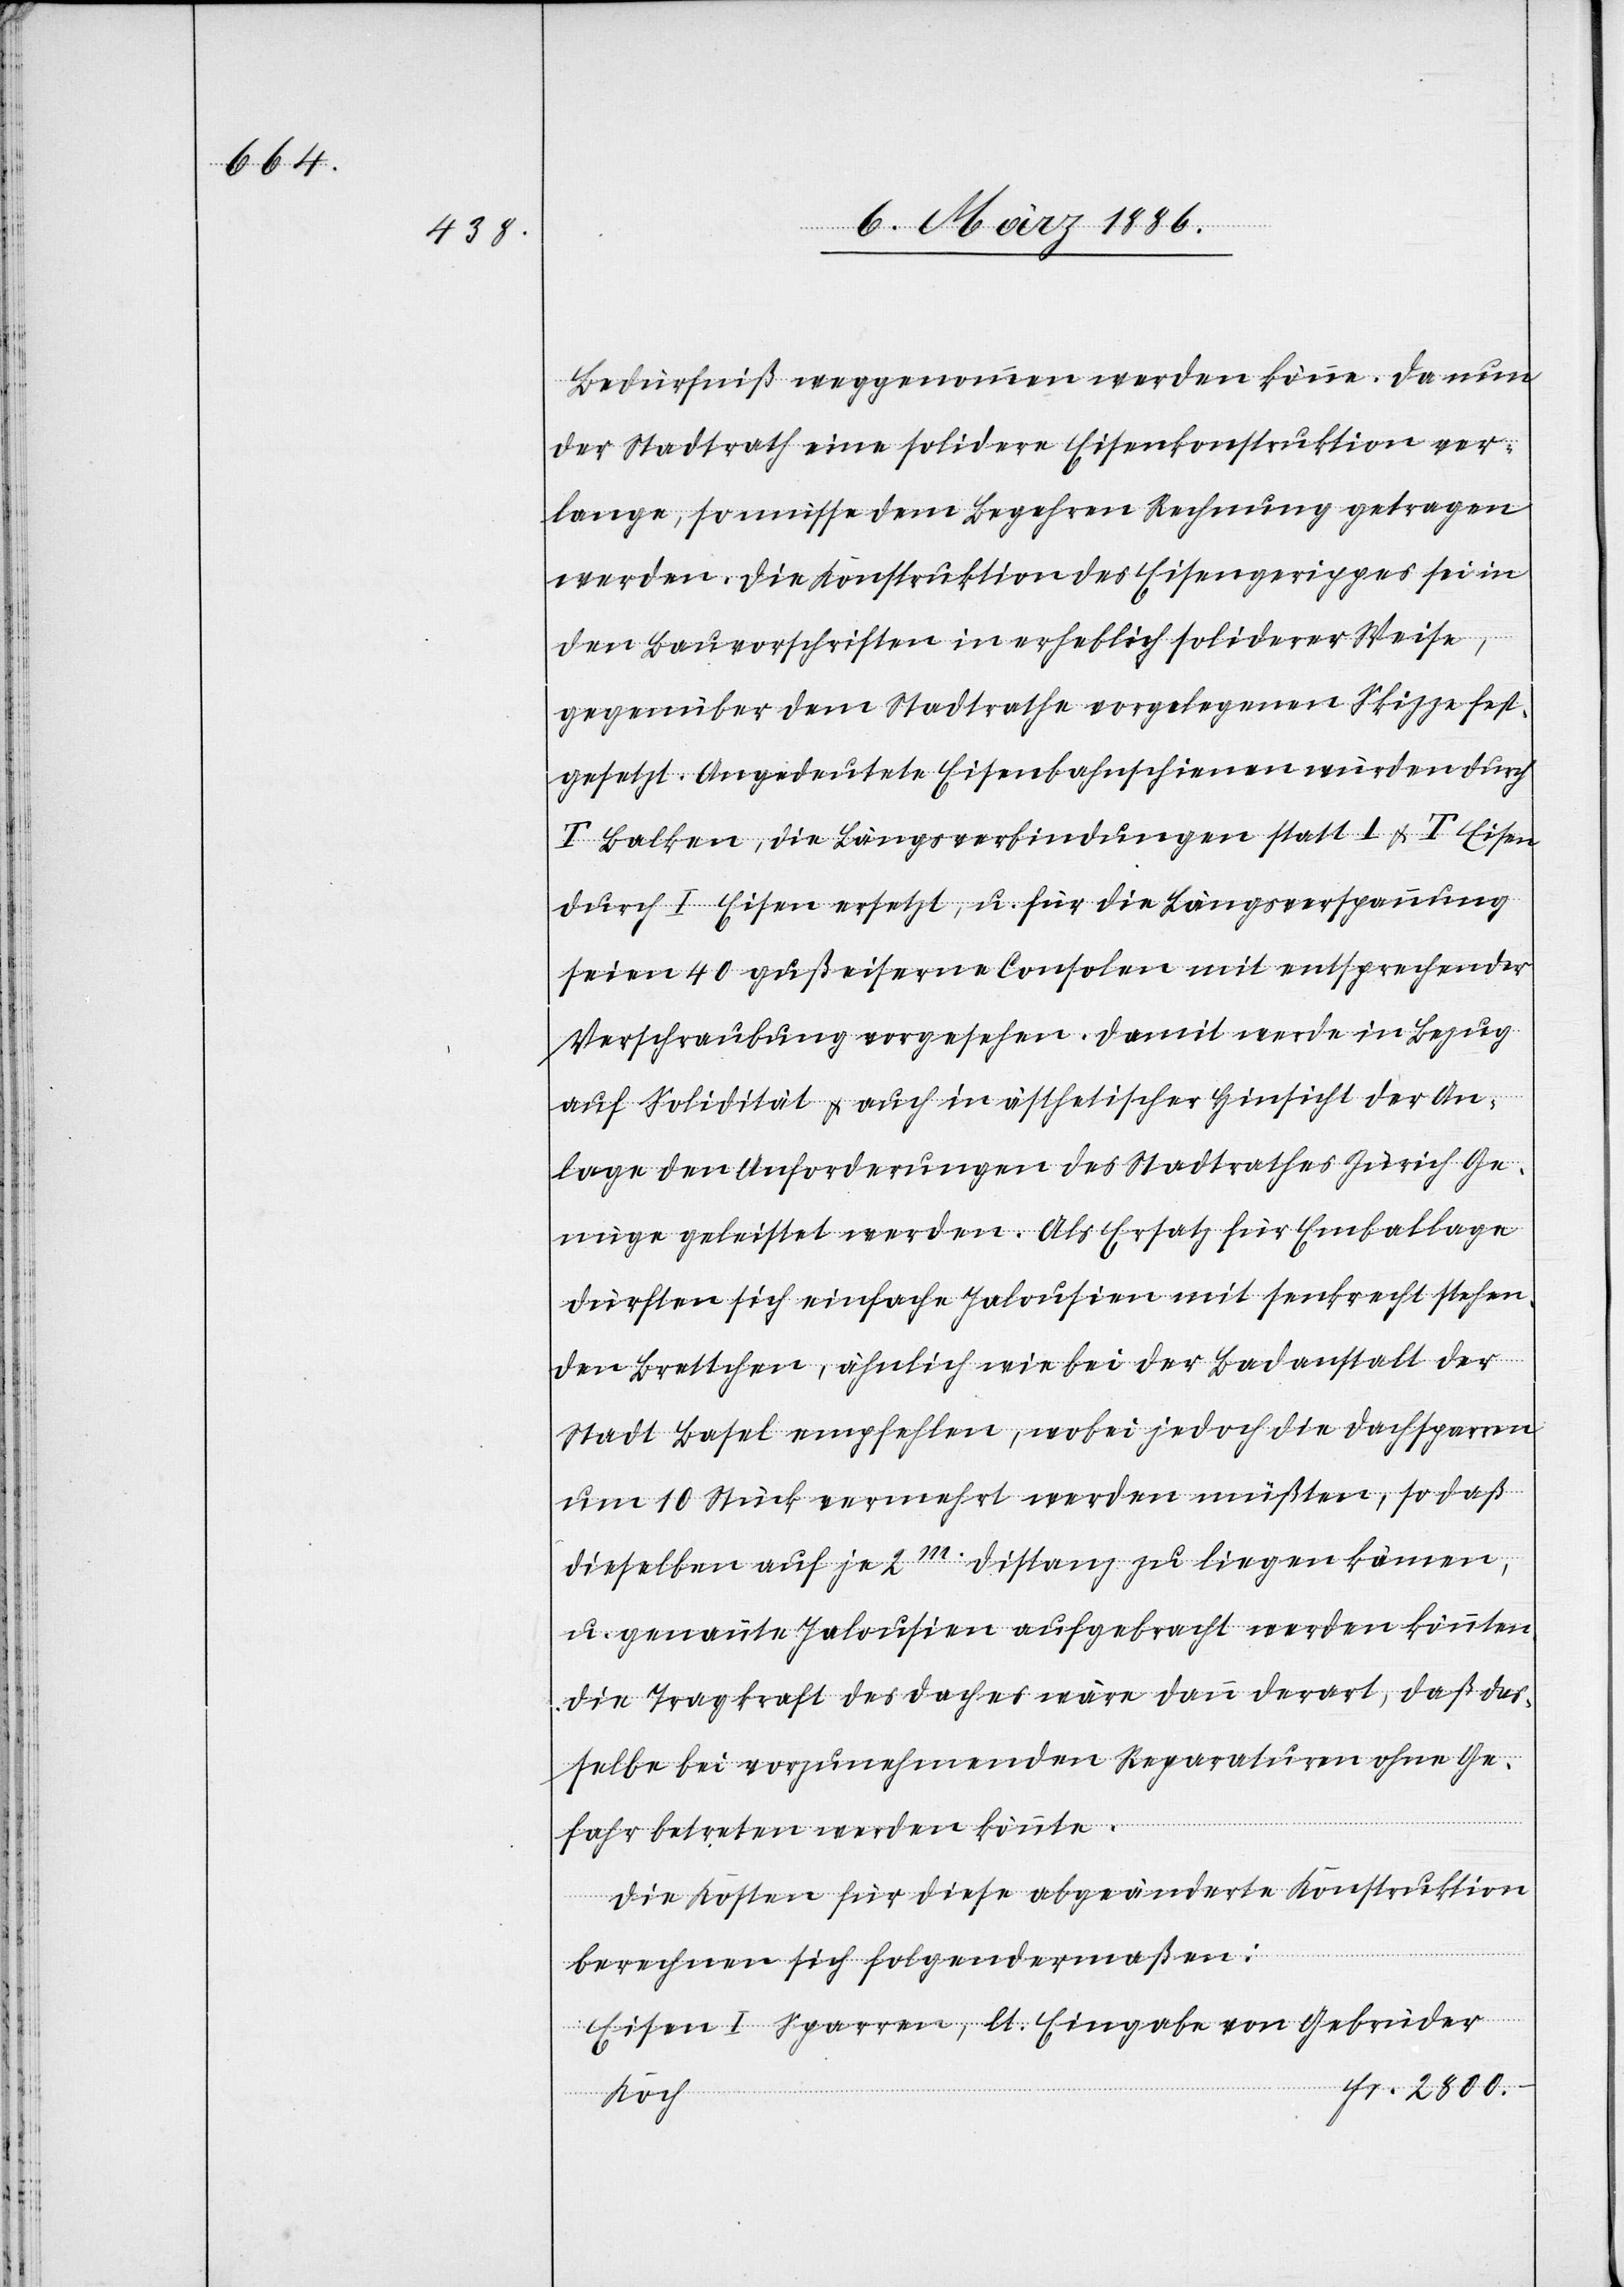
Bedürfniß weggenommen werden könne. Da nun
der Stadtrath eine solidere Eisenkonstruktion ver¬
lange, so müsse dem Begehren Rechnung getragen
werden. Die Konstruktion des Eisengerippes sei in
den Bauvorschriften in erheblich soliderer Weise,
gegenüber dem Stadtrathe vorgelegenen Skizze fest¬
gesetzt. Angedeutete Eisenbahnschienen würden durch
T Balken, die Längsverbindungen statt I & T Eisen
durch I Eisen ersetzt, u. für die Längsverspannung
seien 40 gußeiserne Consolen mit entsprechender
Verschraubung vorgesehen. Damit werde in Bezug
auf Solidität & auch in ästhetischer Hinsicht der An¬
lage den Anforderungen des Stadtrathes Zürich Ge¬
nüge geleistet werden. Als Ersatz für Emballage
dürften sich einfache Jalousien mit senkrecht stehen¬
den Brettchen, ähnlich wie bei der Badanstalt der
Stadt Basel empfehlen, wobei jedoch die Dachsparren
um 10 Stück vermehrt werden müßten, so daß
dieselben auf je 2m. Distanz zu liegen kämen,
u. genannte Jalousien aufgebracht werden könnten.
Die Tragkraft des Daches wäre dann derart, daß das¬
selbe bei vorzunehmenden Reparaturen ohne Ge¬
fahr betreten werden könnte.
Die Kosten für diese abgeänderte Konstruktion
berechnen sich folgendermaßen:
Eisen I Sparren, lt. Eingabe von Gebrüder
Koch